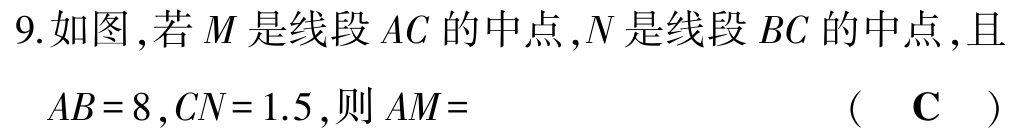
9.如图,若\(M\)是线段\(AC\)的中点,\(N\)是线段\(BC\)的中点,且\(AB = 8,CN = 1.5\),则\(AM=\) （ \(\mathbf{C}\) ）